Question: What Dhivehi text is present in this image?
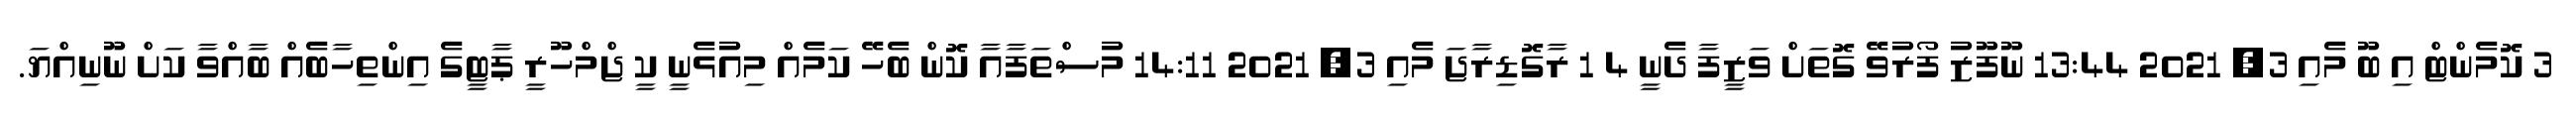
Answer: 3 ކޮމެންޓް އި ބޫ މެއި 3, 2021 13:44 ނޫފޫޒު ފޯރުވޭ ގޮތަށް ވަޒީފާ ދެނީ 4 1 ރާގޮޑިރާޖަ މެއި 3, 2021 14:11 މުސްތަފާއާ ކޮން ބެހޭ ކަމެއް މިއުޅެނީ ކީ ޖްމްހޫރީ ޕާޓީގެ އިންތިހާބެއް ބާއްވާ ކަށް ނޫނިއްޔަ.